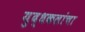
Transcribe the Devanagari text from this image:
युद्धकलांचा